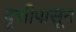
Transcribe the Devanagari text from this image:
वृत्तीपासून